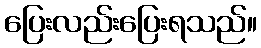
ပြေးလည်းပြေးရသည်။